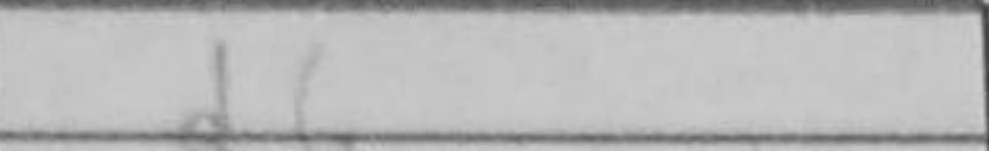
Transcription: d6